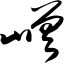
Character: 嵯